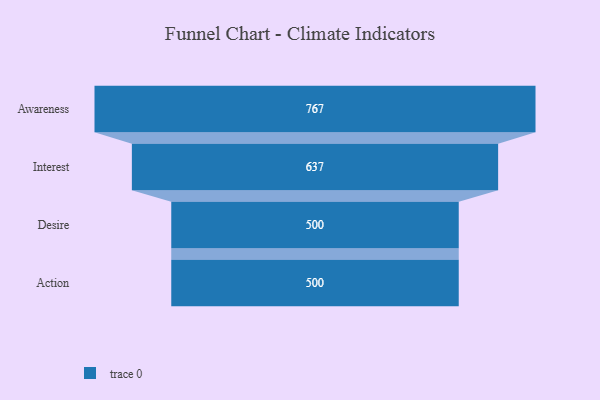
{"axis": {"x": "Stage", "y": "Value"}, "legend": [""], "data": [{"x": "Awareness", "y": 767.0, "type": ""}, {"x": "Interest", "y": 637.0, "type": ""}, {"x": "Desire", "y": 500, "type": ""}, {"x": "Action", "y": 500, "type": ""}]}